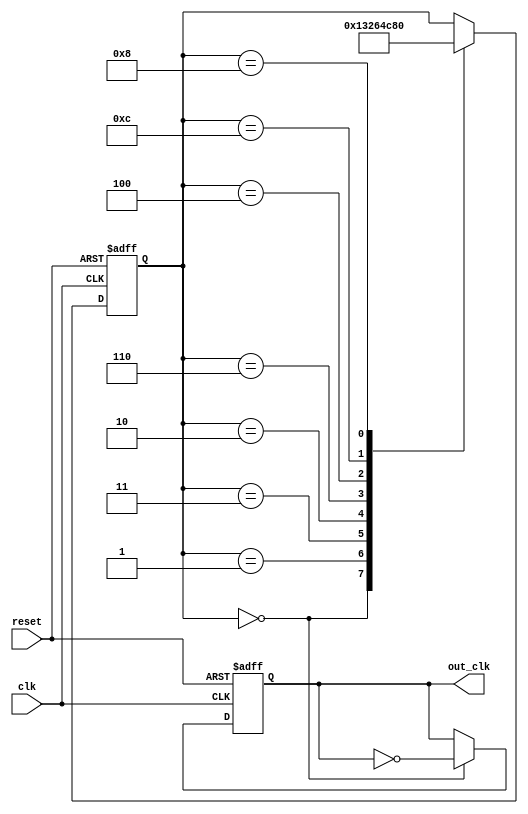
module JohnsonCounterClockDivider (
    input wire clk,
    input wire reset,
    output reg out_clk
);

reg [3:0] counter;

always @ (posedge clk or posedge reset) begin
    if (reset) begin
        counter <= 4'b0000;
        out_clk <= 1'b0;
    end
    else begin
        case(counter)
            4'b0000: counter <= 4'b0001;
            4'b0001: counter <= 4'b0011;
            4'b0011: counter <= 4'b0010;
            4'b0010: counter <= 4'b0110;
            4'b0110: counter <= 4'b0100;
            4'b0100: counter <= 4'b1100;
            4'b1100: counter <= 4'b1000;
            4'b1000: counter <= 4'b0000;
        endcase
        
        if (counter == 4'b0000)
            out_clk <= ~out_clk;
    end
end

endmodule